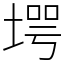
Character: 堮